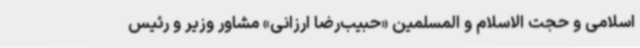
اسلامی و حجت الاسلام و المسلمین «حبیب‌رضا ارزانی» مشاور وزیر و رئیس